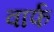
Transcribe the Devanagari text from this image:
वार्फ